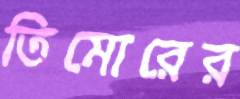
তিমোরের